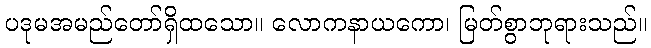
ပဒုမအမည်တော်ရှိထသော။ လောကနာယကော၊ မြတ်စွာဘုရားသည်။